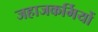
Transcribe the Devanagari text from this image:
जहाजकर्मियों